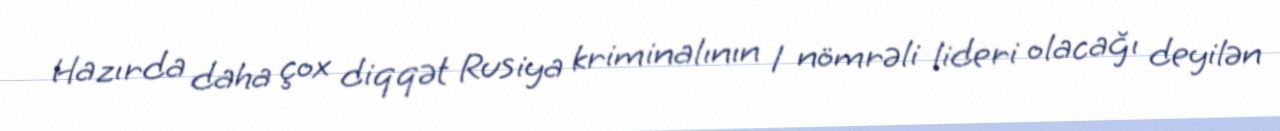
Hazırda daha çox diqqət Rusiya kriminalının 1 nömrəli lideri olacağı deyilən